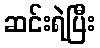
ဆင်းရဲပြီး